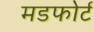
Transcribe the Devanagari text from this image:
मडफोर्ट